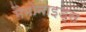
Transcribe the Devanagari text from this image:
मैमोनाइड्स